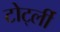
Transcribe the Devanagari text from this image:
टोर्ट्ली